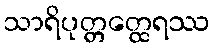
သာရိပုတ္တတ္ထေရဿ